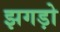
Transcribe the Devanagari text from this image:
झगड़ो